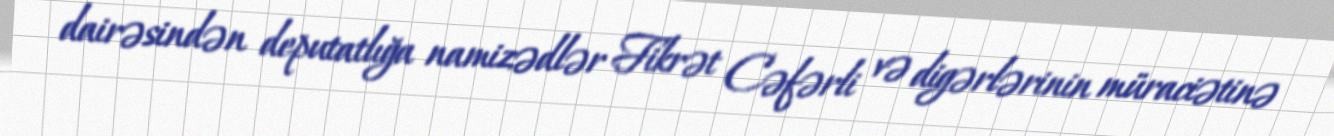
dairəsindən deputatlığa namizədlər Fikrət Cəfərli və digərlərinin müraciətinə